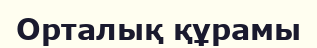
Орталық құрамы